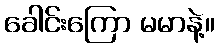
ခေါင်းကြော မမာနဲ့။